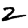
Digit: 2